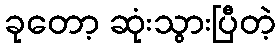
ခုတော့ ဆုံးသွားပြီတဲ့